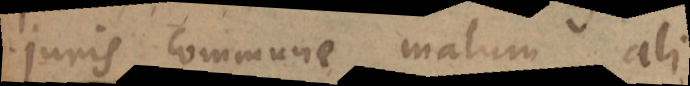
juris commune malum ali.